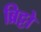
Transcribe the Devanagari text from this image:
ब्रिट्टो